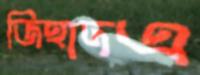
জিহাদএ